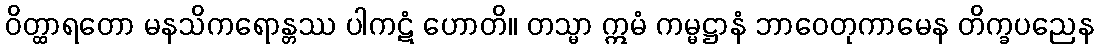
ဝိတ္ထာရတော မနသိကရောန္တဿ ပါကဋံ ဟောတိ။ တသ္မာ ဣမံ ကမ္မဋ္ဌာနံ ဘာဝေတုကာမေန တိက္ခပညေန